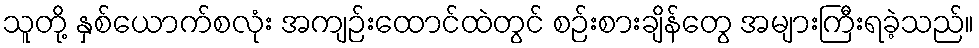
သူတို့ နှစ်ယောက်စလုံး အကျဉ်းထောင်ထဲတွင် စဉ်းစားချိန်တွေ အများကြီးရခဲ့သည်။